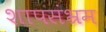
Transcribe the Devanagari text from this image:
शापसंभ्रम